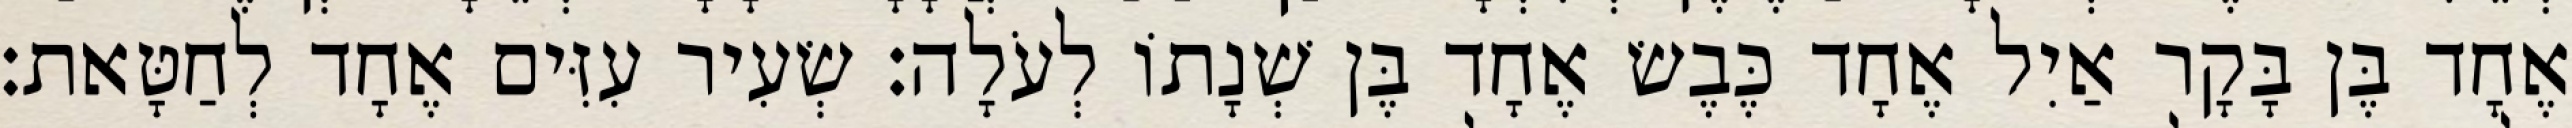
אֶחָד בֶּן בָּקָר אַיִל אֶחָד כֶּבֶשׂ אֶחָד בֶּן שְׁנָתוֹ לְעֹלָה׃ שְׂעִיר עִזִּים אֶחָד לְחַטָּאת׃